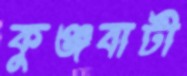
কুঞ্জবাটী